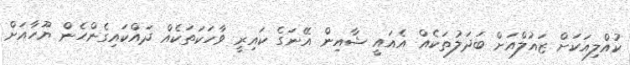
ކުއްލިއަކަށް ޒައުލްއަށް ބަދަލުތަކެއް އެއައީ ޝާއިން އޭނަގެ ކައިރީ ވާހަކަތަކެއް ދައްކައިގެންހެން ޔޫހާއަށް